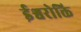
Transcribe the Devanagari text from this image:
ईश्वरोक्ति